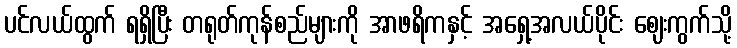
ပင်လယ်ထွက် ရရှိပြီး တရုတ်ကုန်စည်များကို အာဖရိကနှင့် အရှေ့အလယ်ပိုင်း ဈေးကွက်သို့